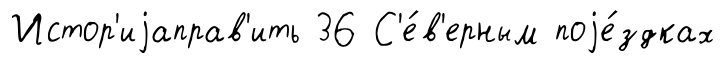
Истор'иjаправ'ить 36 С'е́в'ерным поjе́здках